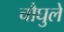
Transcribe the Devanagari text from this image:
चौघुले